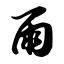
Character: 雨